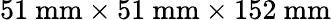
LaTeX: \mathrm{51~mm\times 51~mm\times 152~mm}